Annual administration and progress report of the Indian Medical Department, Bombay
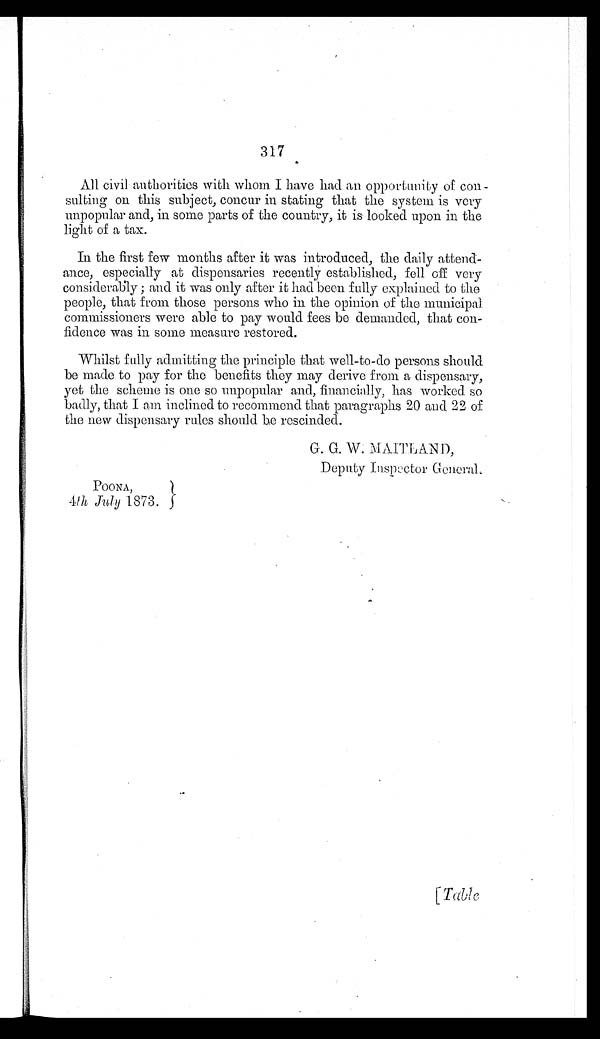
317
All civil authorities with whom I have had an opportunity of con
-
sulting on this subject, concur in stating that the system is very
unpopular and, in some parts of the country, it is looked upon in the
light of a tax.
In the first few months after it was introduced, the daily attend
-
ance, especially at dispensaries recently established, fell off very
considerably; and it was only after it had been fully explained to the
people, that from those persons who in the opinion of the municipal
commissioners were able to pay would fees be demanded, that con
-
fidence was in some measure restored.
Whilst fully admitting the principle that well-to-do persons should
be made to pay for the benefits they may derive from a dispensary,
yet the scheme is one so unpopular and, financially, has worked so
badly, that I am inclined to recommend that paragraphs 20 and 22 of
the new dispensary rules should be rescinded.
G. G. W. MAITLAND,
Deputy Inspector General.
POONA,
4th July 1873.
[Table